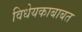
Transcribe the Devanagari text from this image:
विधेयकाबाबत